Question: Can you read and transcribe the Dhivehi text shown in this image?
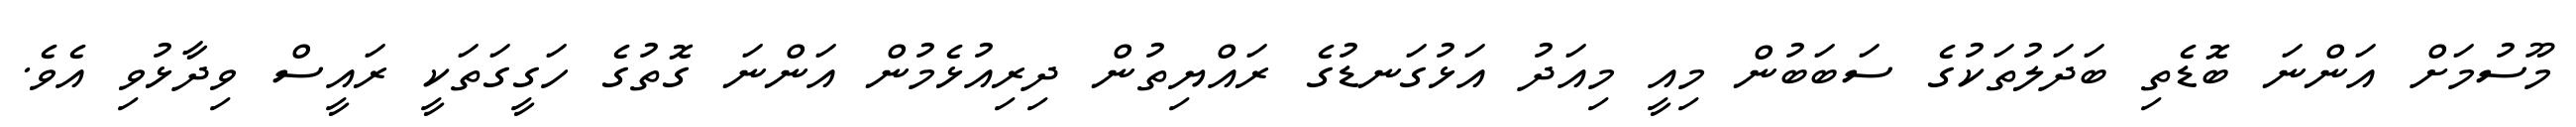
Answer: މޫސުމަށް އަންނަ ބޮޑެތި ބަދަލުތަކުގެ ސަބަބުން މިއީ މިއަދު އަޅުގަނޑުގެ ރައްޔިތުން ދިރިއުޅެމުން އަންނަ ގޮތުގެ ހަގީގަތަކީ ރައީސް ވިދާޅުވި އެވެ.